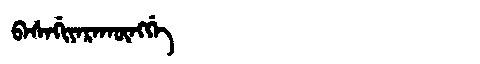
Manchu: ᠪᠠᠰᠠᡤᡳᠶᠠᡵᠠᡴᡡᠩᡤᡝ
Romanization: BASAGIYARAKŪNGGE